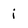
Character: i